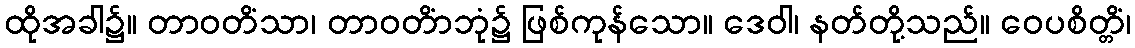
ထိုအခါ၌။ တာဝတိံသာ၊ တာဝတိံာဘုံ၌ ဖြစ်ကုန်သော။ ဒေဝါ၊ နတ်တို့သည်။ ဝေပစိတ္တိံ၊